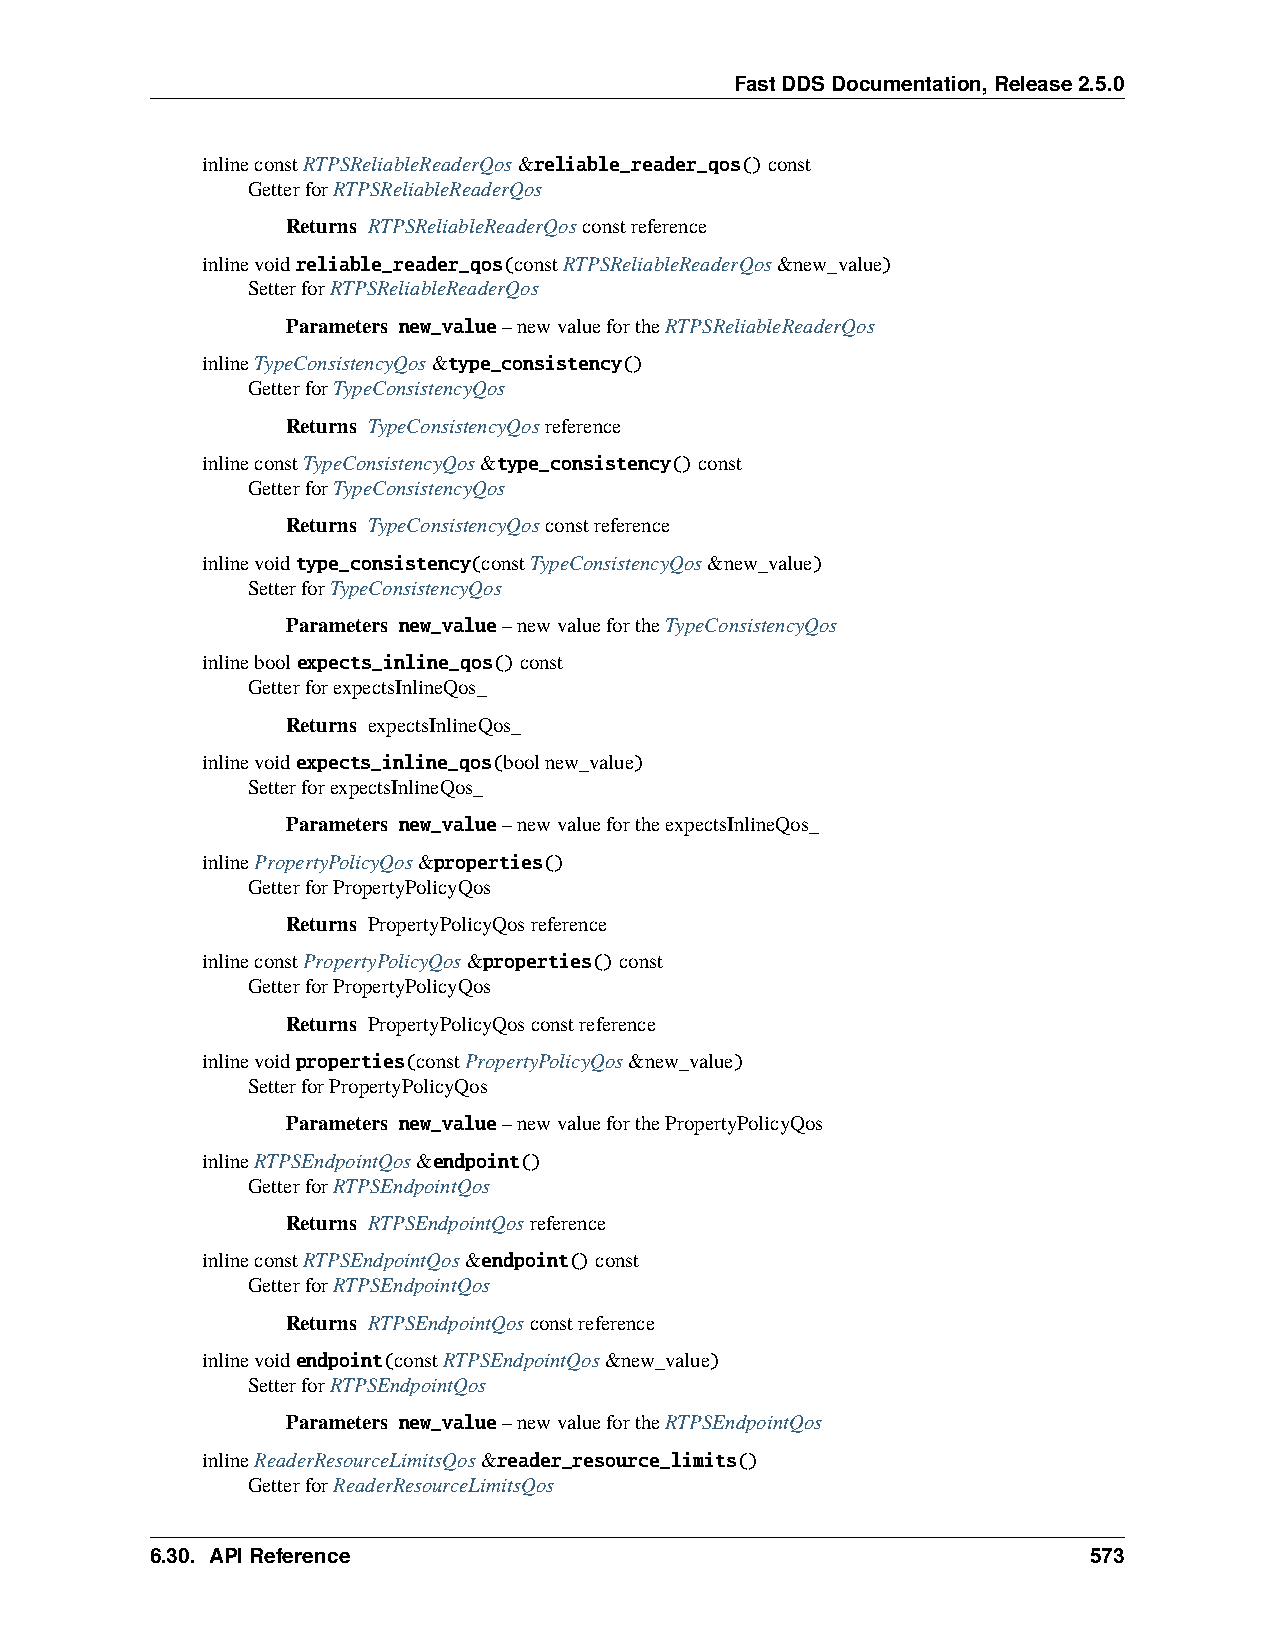
FastDDSDocumentation,Release2.5.0
 inlineconstRTPSReliableReaderQos&reliable_reader_qos()const
 GetterforRTPSReliableReaderQos
 Returns RTPSReliableReaderQosconstreference
 inlinevoidreliable_reader_qos(constRTPSReliableReaderQos&new_value)
 SetterforRTPSReliableReaderQos
 Parameters new_value–newvaluefortheRTPSReliableReaderQos
 inlineTypeConsistencyQos&type_consistency()
 GetterforTypeConsistencyQos
 Returns TypeConsistencyQosreference
 inlineconstTypeConsistencyQos&type_consistency()const
 GetterforTypeConsistencyQos
 Returns TypeConsistencyQosconstreference
 inlinevoidtype_consistency(constTypeConsistencyQos&new_value)
 SetterforTypeConsistencyQos
 Parameters new_value–newvaluefortheTypeConsistencyQos
 inlineboolexpects_inline_qos()const
 GetterforexpectsInlineQos_
 Returns expectsInlineQos_
 inlinevoidexpects_inline_qos(boolnew_value)
 SetterforexpectsInlineQos_
 Parameters new_value–newvaluefortheexpectsInlineQos_
 inlinePropertyPolicyQos&properties()
 GetterforPropertyPolicyQos
 Returns PropertyPolicyQosreference
 inlineconstPropertyPolicyQos&properties()const
 GetterforPropertyPolicyQos
 Returns PropertyPolicyQosconstreference
 inlinevoidproperties(constPropertyPolicyQos&new_value)
 SetterforPropertyPolicyQos
 Parameters new_value–newvalueforthePropertyPolicyQos
 inlineRTPSEndpointQos&endpoint()
 GetterforRTPSEndpointQos
 Returns RTPSEndpointQosreference
 inlineconstRTPSEndpointQos&endpoint()const
 GetterforRTPSEndpointQos
 Returns RTPSEndpointQosconstreference
 inlinevoidendpoint(constRTPSEndpointQos&new_value)
 SetterforRTPSEndpointQos
 Parameters new_value–newvaluefortheRTPSEndpointQos
 inlineReaderResourceLimitsQos&reader_resource_limits()
 GetterforReaderResourceLimitsQos
 6.30. APIReference                                            573